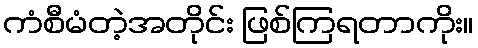
ကံစီမံတဲ့အတိုင်း ဖြစ်ကြရတာကိုး။